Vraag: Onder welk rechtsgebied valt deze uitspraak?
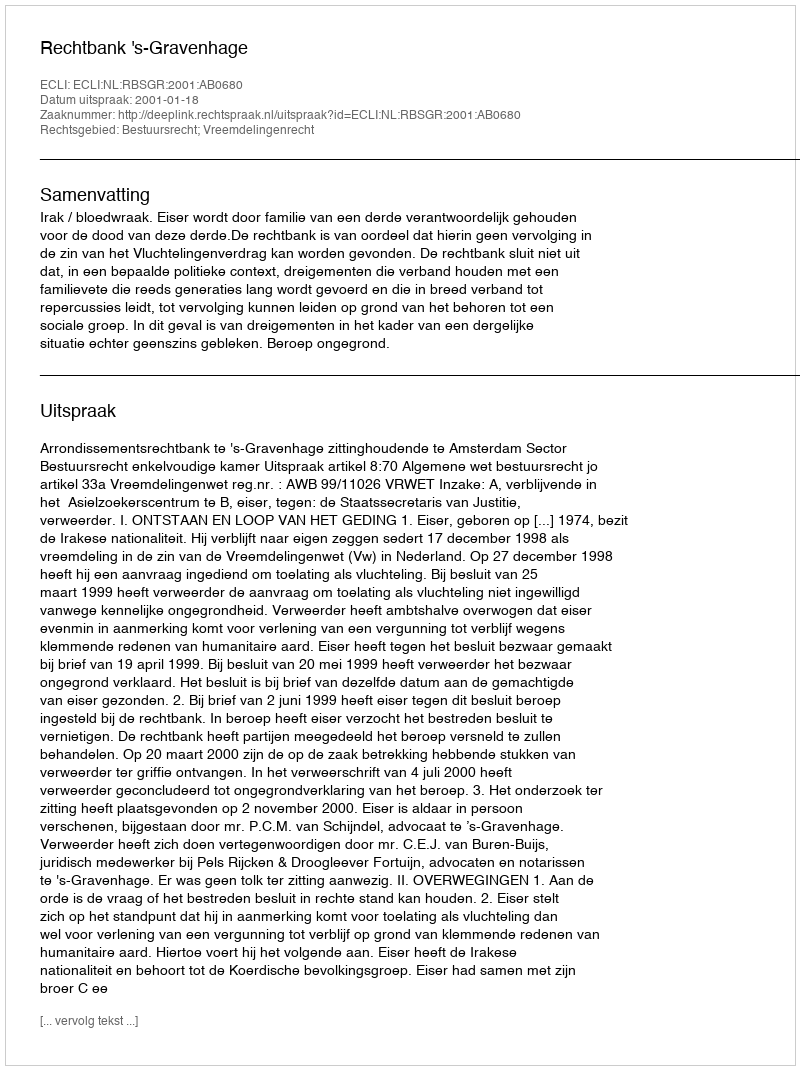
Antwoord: Bestuursrecht; Vreemdelingenrecht